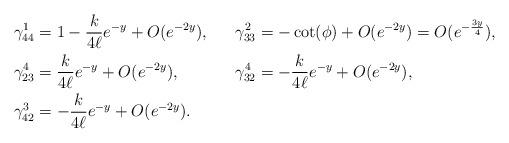
LaTeX: \begin{align*}\gamma^1_{44} &= 1-\frac{ k}{4\ell}e^{-y}+O(e^{-2y}),&\gamma^2_{33} &= -\cot(\phi) +O(e^{-2y}) =O(e^{-\frac{3y}{4}}), \\\gamma_{23}^4 &= \frac{ k}{4\ell}e^{-y}+O(e^{-2y}),&\gamma_{32}^4 &= -\frac{ k}{4\ell}e^{-y}+O(e^{-2y}),\\\gamma_{42}^3 &= -\frac{ k}{4\ell}e^{-y}+O(e^{-2y}) . \end{align*}